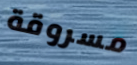
مسروقة